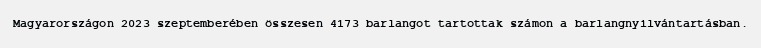
Magyarországon 2023 szeptemberében összesen 4173 barlangot tartottak számon a barlangnyilvántartásban.